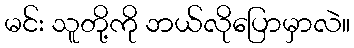
မင်း သူတို့ကို ဘယ်လိုပြောမှာလဲ။